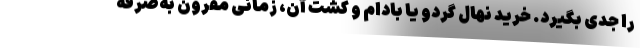
را جدی بگیرد. خرید نهال گردو یا بادام و کشت آن، زمانی مقرون به‌صرفه